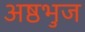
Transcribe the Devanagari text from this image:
अष्ठभुज